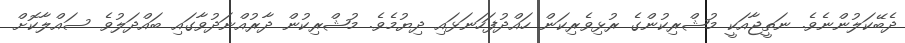
ދެބޭކަލުންނެވެ. ނަތީޖާއަކީ މުޝްރިކުންގެ ރުޅިވެރިކަން ހައްދުފަހަނަޅައި ދިޔުމެވެ. މުޝްރިކުން ދާރުއްނަދުވާގައި ބައްދަލުވެ ސައްލާކޮށް